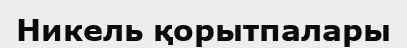
Никель қорытпалары